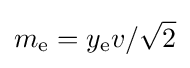
m_{\rm {e}}=y_{\rm {e}}v/{\sqrt {2}}